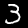
Label: 3